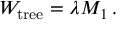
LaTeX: { \cal W } _ { \mathrm { t r e e } } = \lambda M _ { 1 } \, .